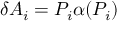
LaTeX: \delta A _ { i } = P _ { i } \alpha ( P _ { i } )